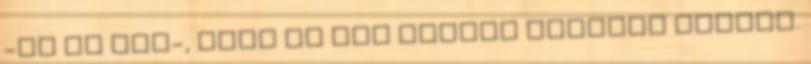
-na ne úgy-, mely ma már kevert szálból készül.